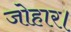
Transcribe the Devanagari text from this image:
जोहार।